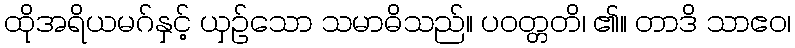
ထိုအရိယမဂ်နှင့် ယှဉ်သော သမာဓိသည်။ ပဝတ္တတိ၊ ၏။ တာဒိ သာဧဝ၊